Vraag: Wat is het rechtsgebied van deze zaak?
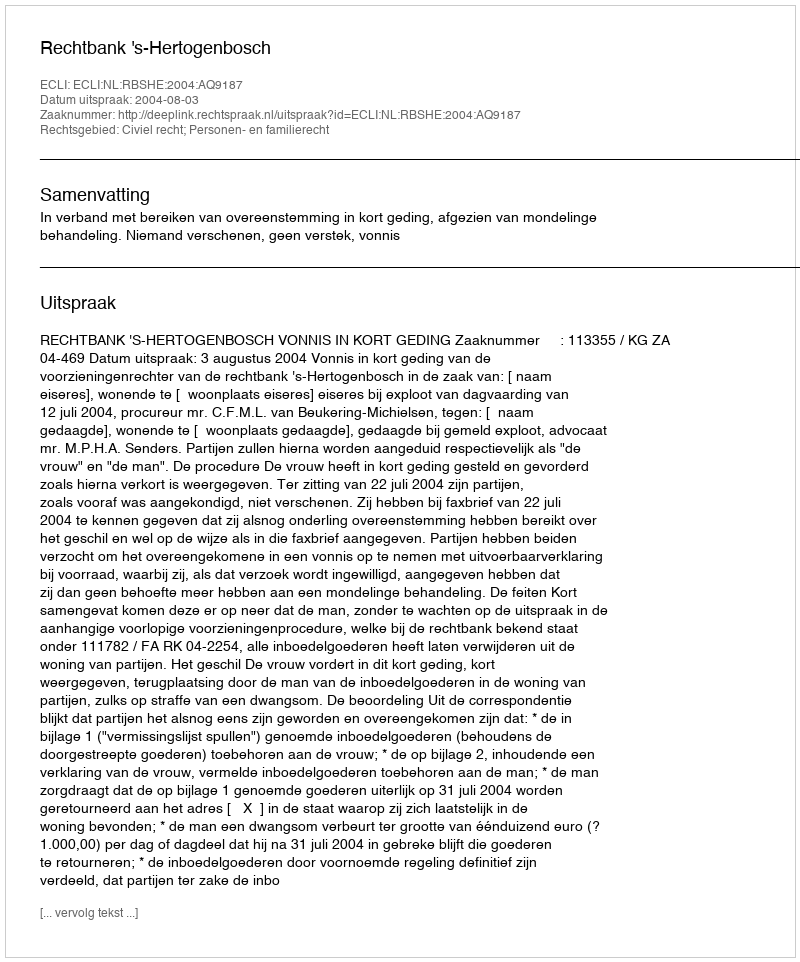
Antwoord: Civiel recht; Personen- en familierecht